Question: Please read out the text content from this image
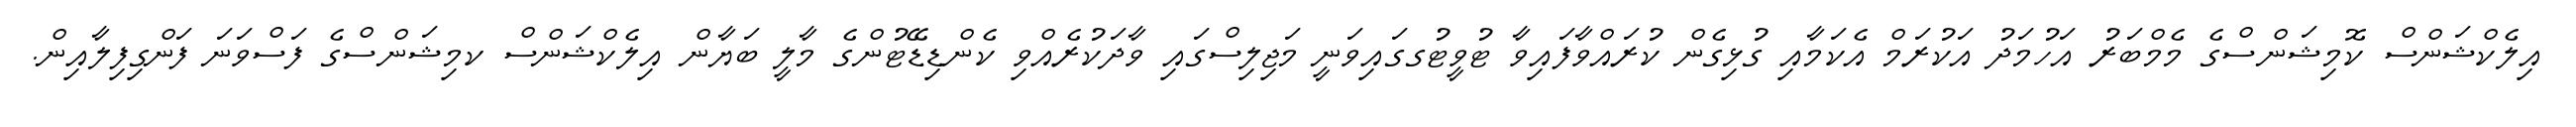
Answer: އިލެކްޝަންސް ކޮމިޝަންސްގެ މެމްބަރު އަހުމަދު އަކުރަމް އެކަމާއި ގުޅިގެން ކުރައްވާފައިވާ ޓުވީޓުގގައިވަނީ މަޖިލިސްގައި ވާދަކުރެއްވި ކެންޑިޑޭޓުންގެ މާލީ ބަޔާން އިލެކްޝަންސް ކމިޝަންސްގެ ފަސްވަނަ ފަންގިފިލާއިން.